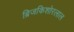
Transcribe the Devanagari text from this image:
ब्रिजकिशोरलाल